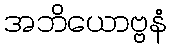
အဘိယောဗ္ဗနံ